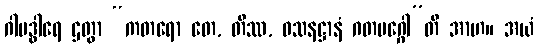
ဂါမဒွါရေ ဌတွာ “ကတရော တေ, တိဿ, ဝသနဋ္ဌာနံ ဂတမဂ္ဂေါ”တိ အာဟ။ အယံ